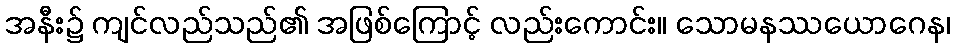
အနီး၌ ကျင်လည်သည်၏ အဖြစ်ကြောင့် လည်းကောင်း။ သောမနဿယောဂေန၊